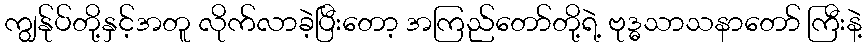
ကျွန်ုပ်တို့နှင့်အတူ လိုက်လာခဲ့ပြီးတော့ အကြည်တော်တို့ရဲ့ ဗုဒ္ဓသာသနာတော် ကြီးနဲ့